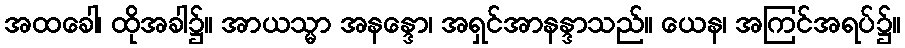
အထခေါ၊ ထိုအခါ၌။ အာယသ္မာ အနန္ဒော၊ အရှင်အာနန္ဒာသည်။ ယေန၊ အကြင်အရပ်၌။